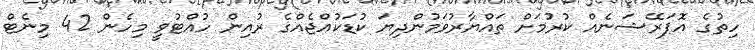
ހިތުގެ އޮޕަރޭޝަނެއް ކުރުމަށް ތައްޔާރުވަމުންދިޔަ ކުޑަކުއްޖެއްގެ ރުއިން ހުއްޓުވީ މިހެން 42 މިނެޓް